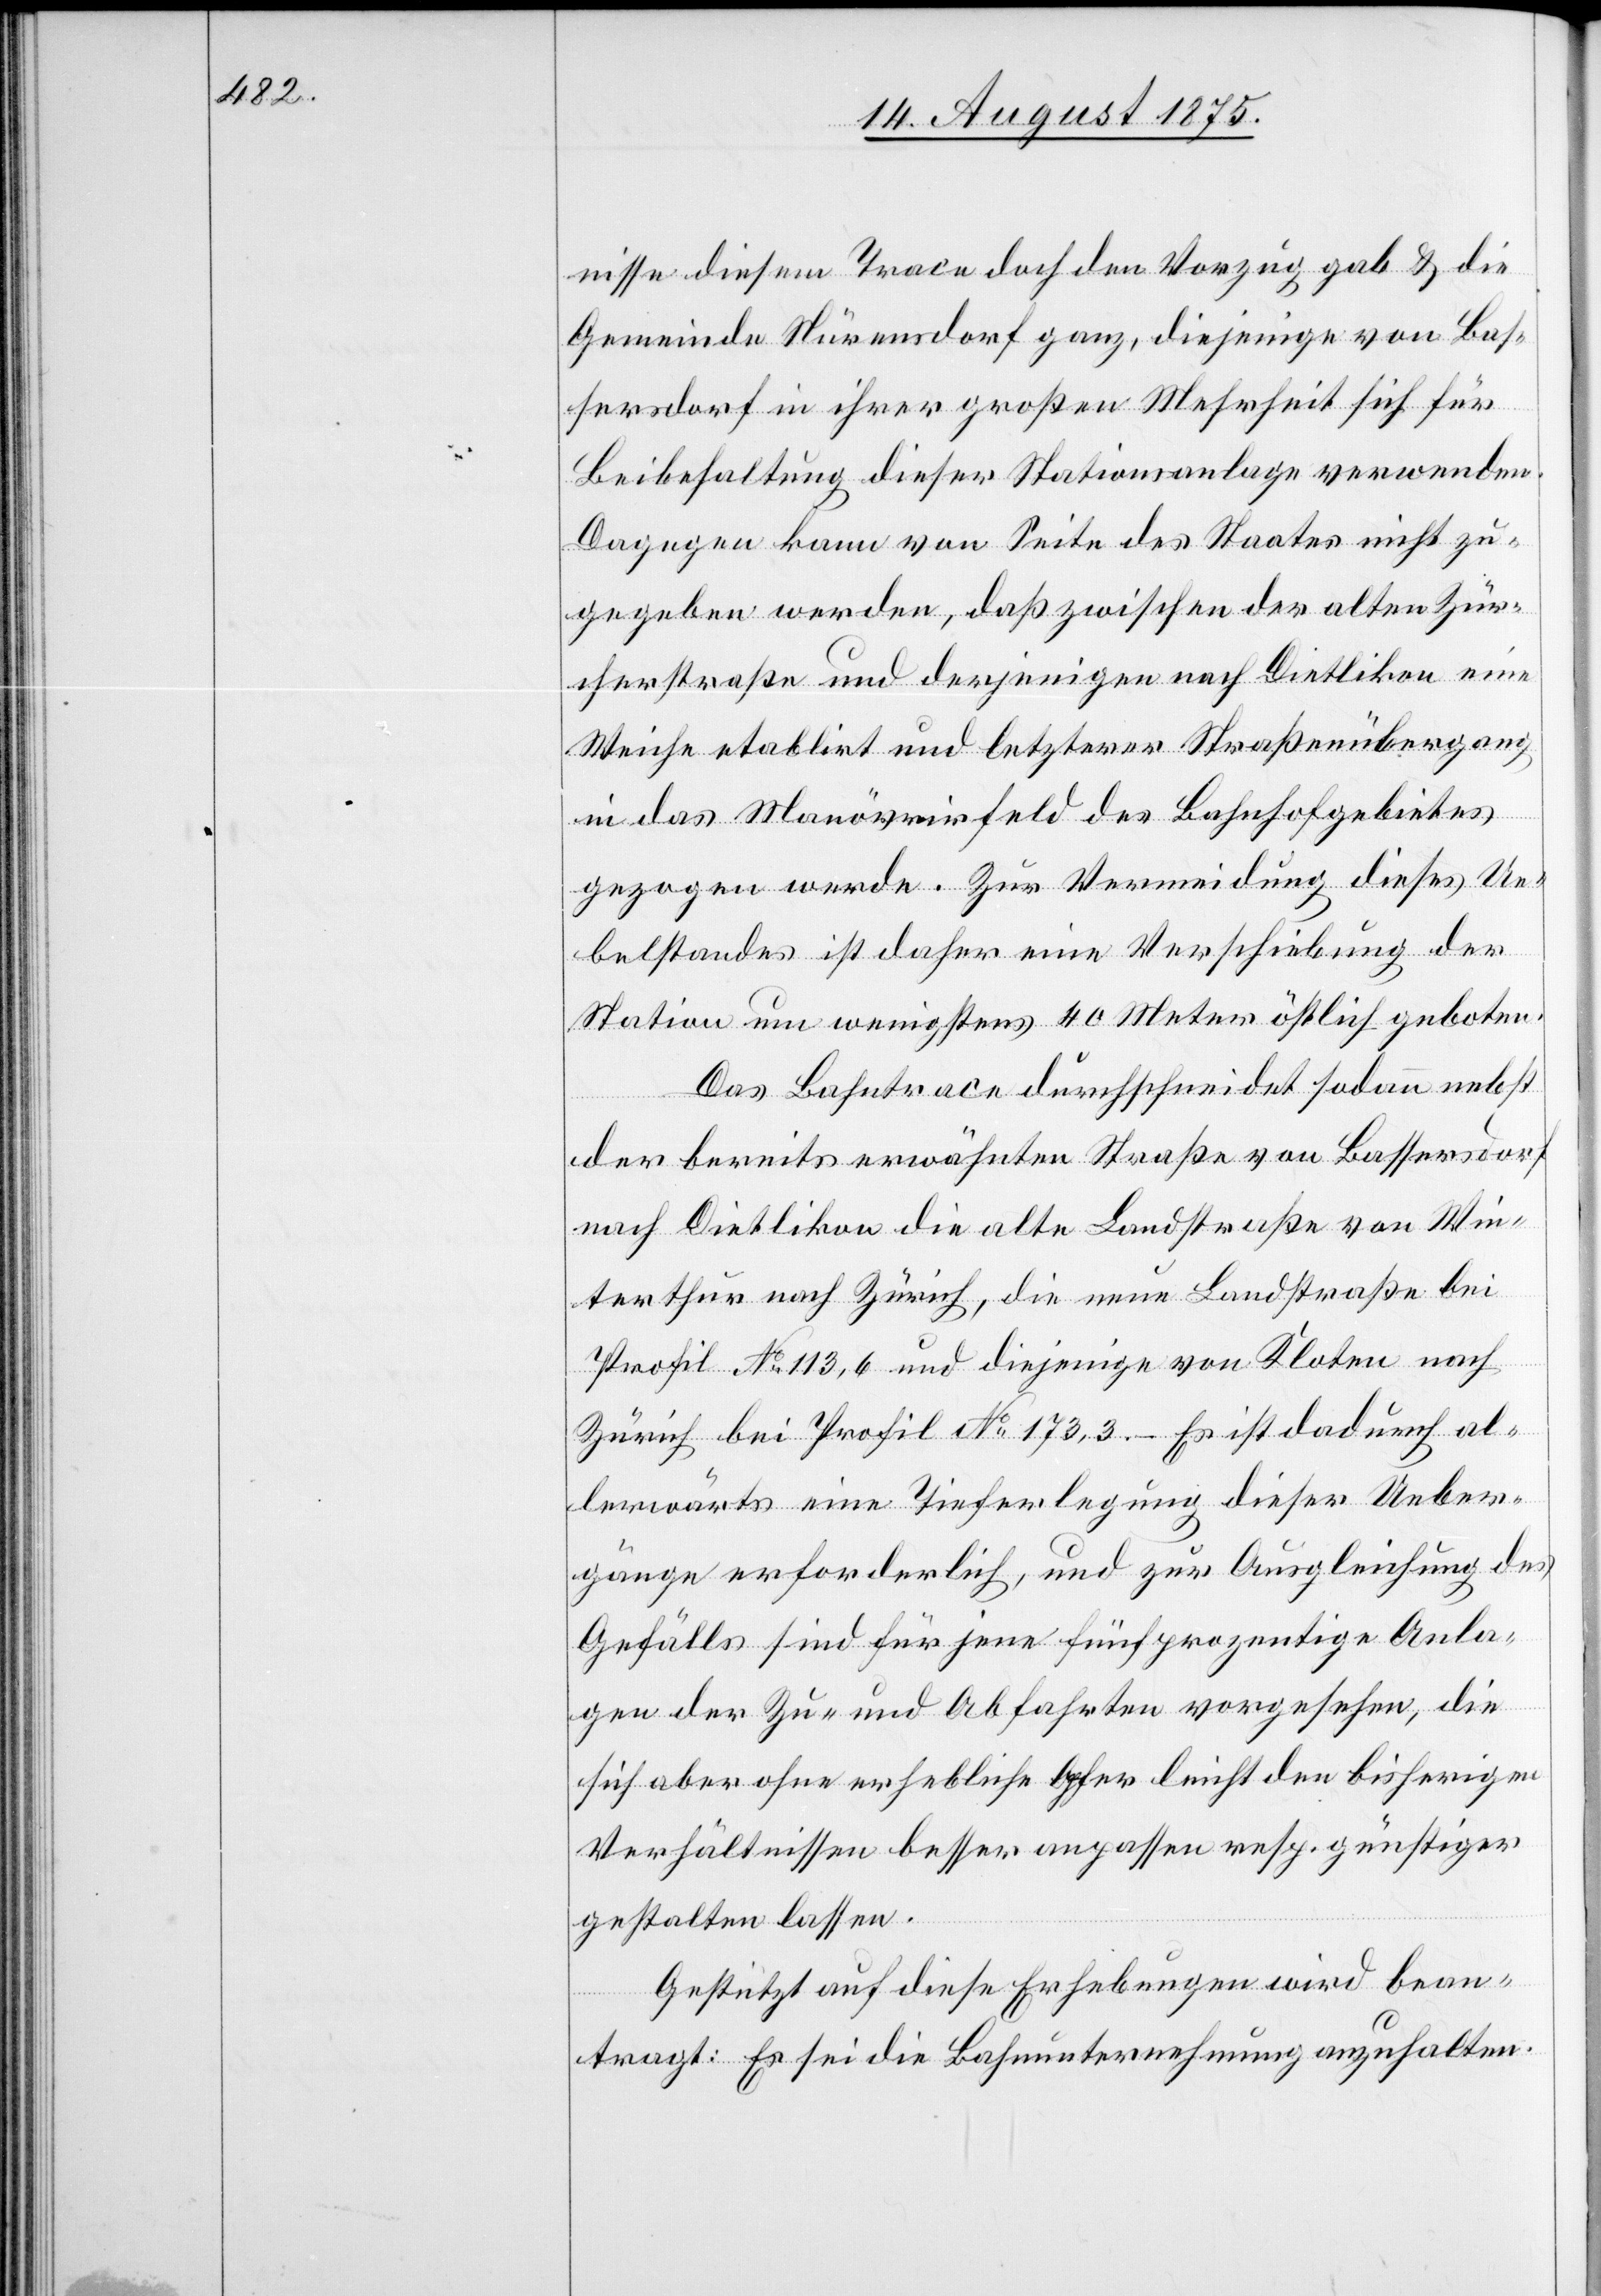
nisse diesem Trace doch den Vorzug gab & die
Gemeinde Nürensdorf ganz, diejenige von Bas¬
sersdorf in ihrer großen Mehrheit sich für
Beibehaltung dieser Stationsanlage verwenden.
Dagegen kann von Seite des Staates nicht zu¬
gegeben werden, daß zwischen der alten Zür¬
cherstraße und derjenigen nach Dietlikon eine
Weiche etablirt und letzterer Straßenübergang
in das Manövrirfeld des Bahnhofgebietes
gezogen werde. Zur Vermeidung dieses Ue¬
belstandes ist daher eine Verschiebung der
Station um wenigstens 40 Meter östlich geboten.
Das Bahntrace durchschneidet sodann nebst
der bereits erwähnten Straße von Bassersdorf
nach Dietlikon die alte Landstraße von Win¬
terthur nach Zürich, die neue Landstraße bei
Profil No 113,6 und diejenige von Kloten nach
Zürich bei Profil No 173,3. – Es ist dadurch al¬
lerwärts eine Tieferlegung dieser Ueber¬
gänge erforderlich, und zur Ausgleichung des
Gefälls sind für jene fünfprozentige Anla¬
gen der Zu- und Abfahrten vorgesehen, die
sich aber ohne erhebliche Opfer leicht den bisherigen
Verhältnissen besser anpassen resp. günstiger
gestalten lassen.
Gestützt auf diese Erhebungen wird bean¬
tragt: Es sei die Bauunternehmung anzuhalten